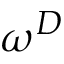
\omega ^ { D }